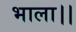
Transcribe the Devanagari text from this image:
भाला।।